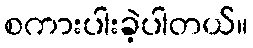
စကားပါးခဲ့ပါတယ်။